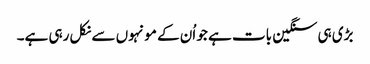
بڑی ہی سنگین بات ہے جو اُن کے مونہوں سے نکل رہی ہے۔